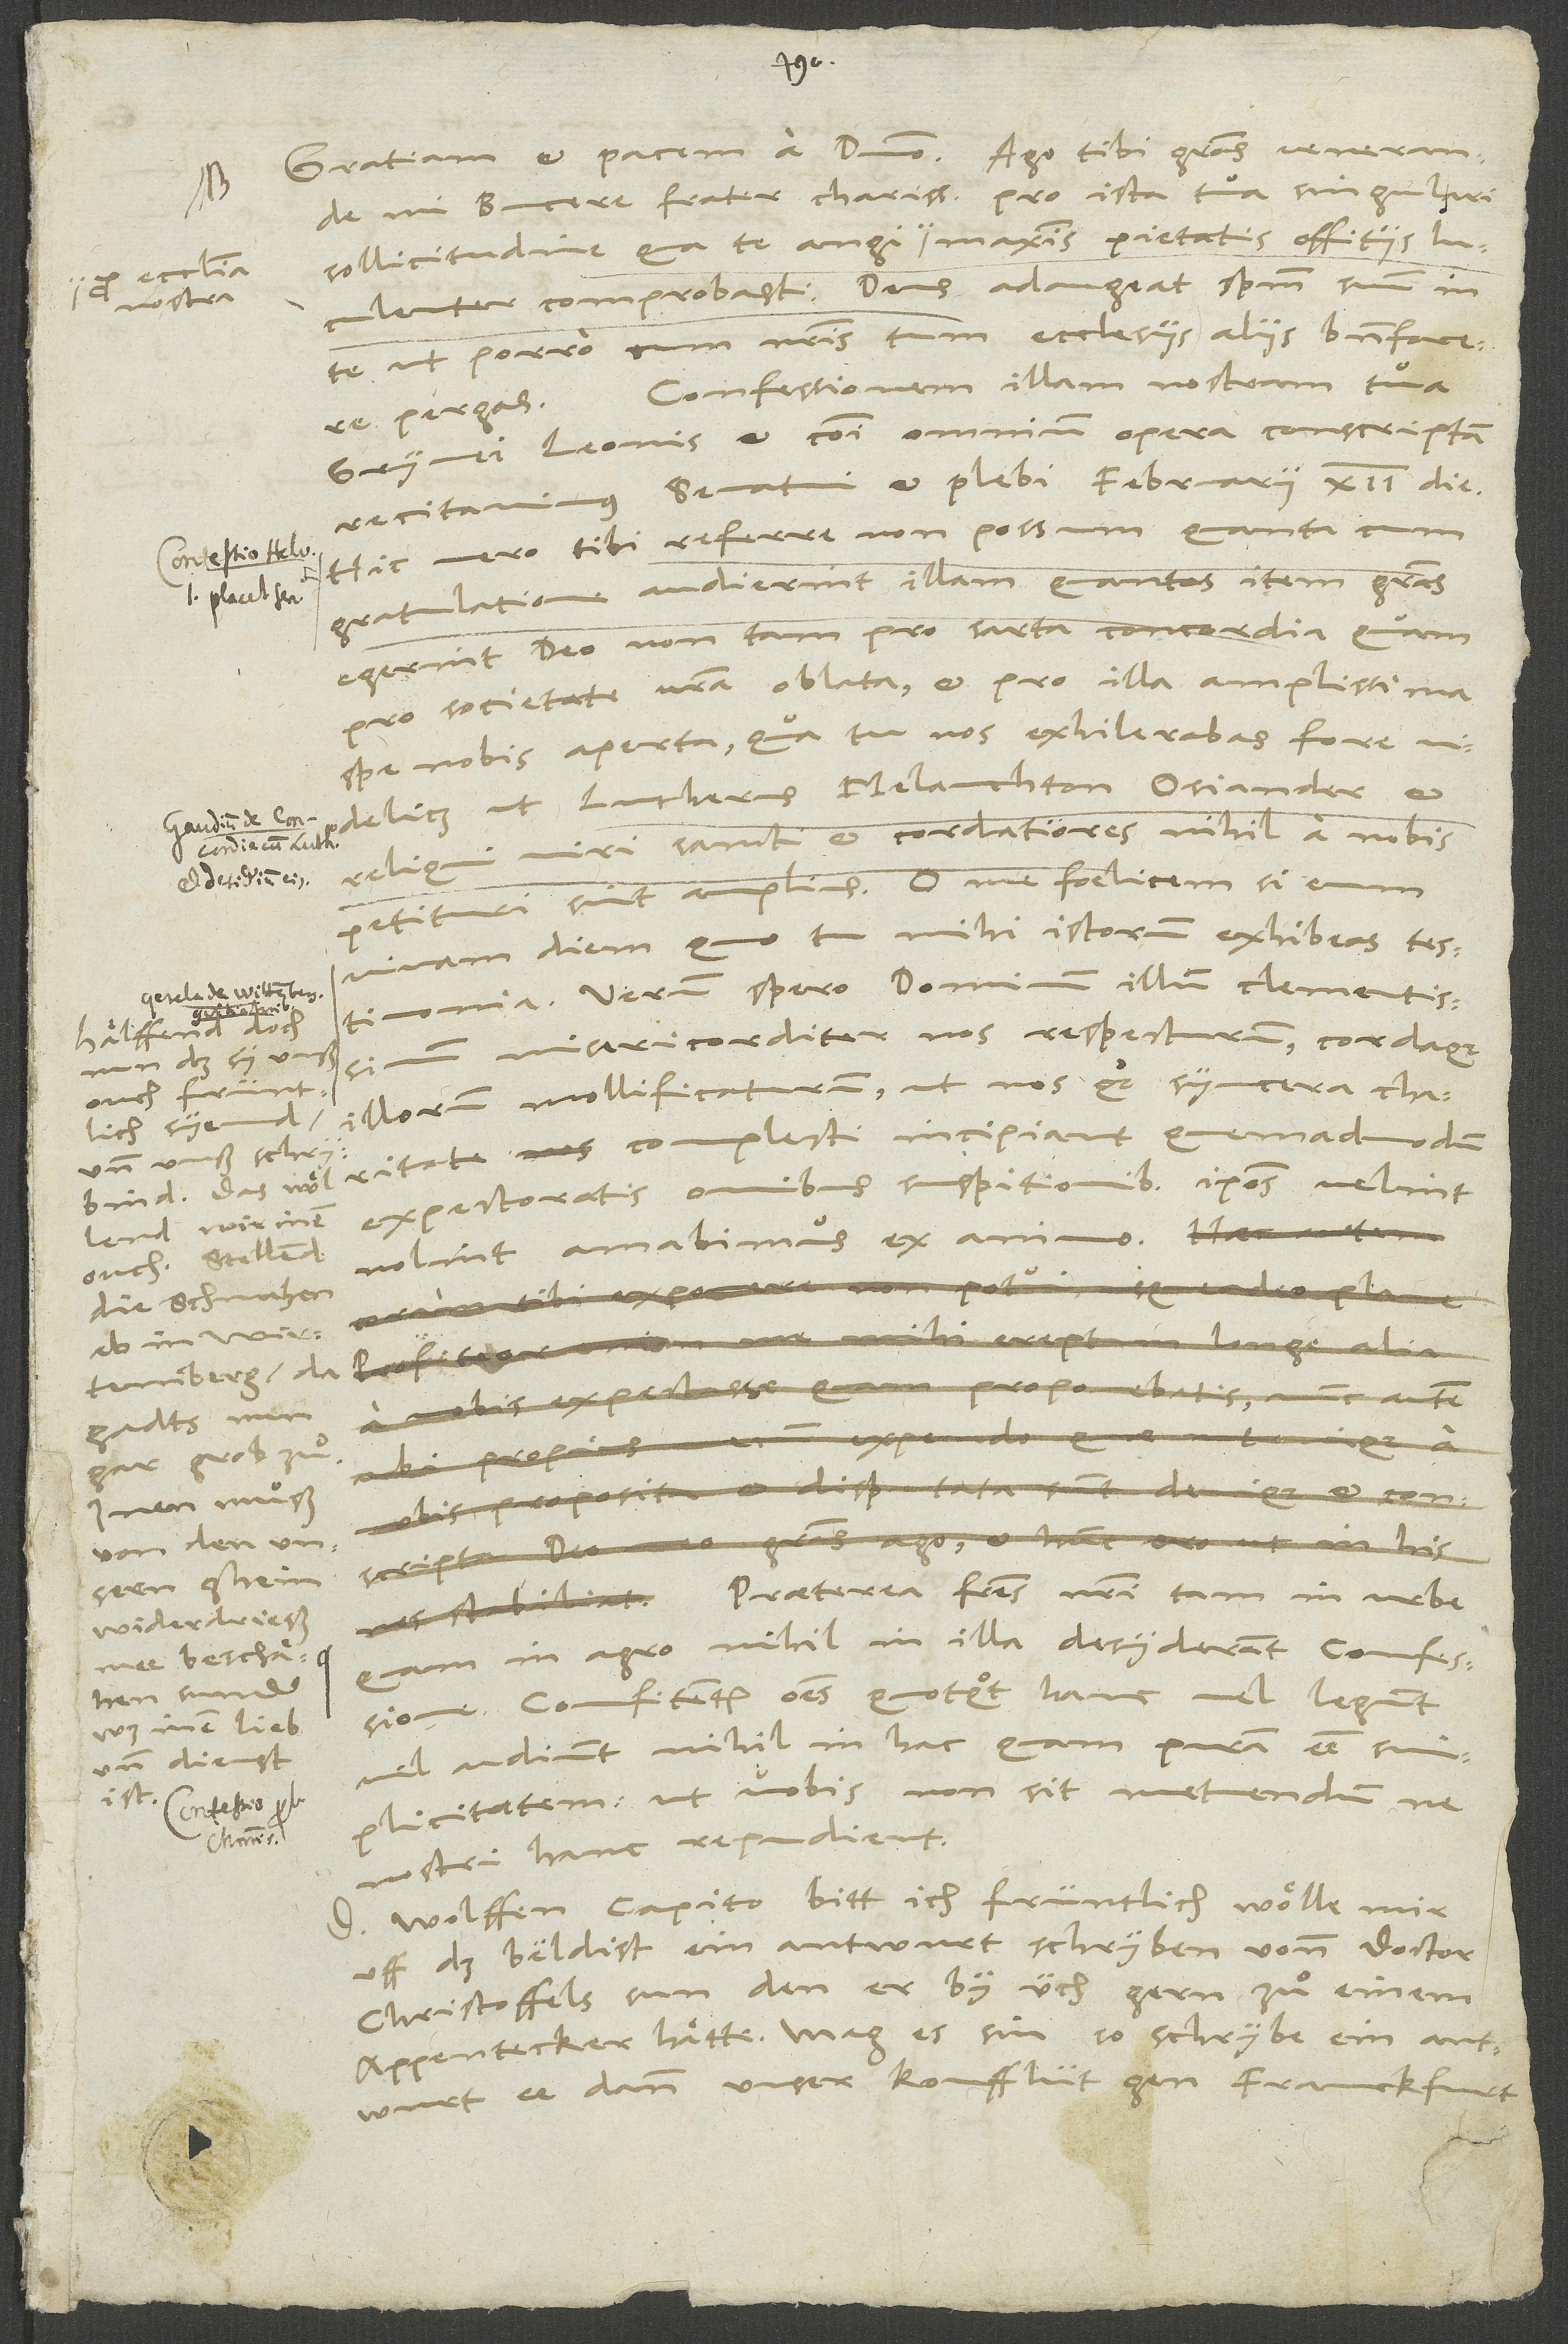
ecclesia
nostra
Hälffend doch
ouch früntlich
syennd
und unß schrybind.
ouch. Stellend
die schmähen
gadts nun
gar grob zu
Inen muͦß
von den unsern
ghein
widerdriess
was inen lieb
und dienst

mi Bucere, frater charissime, pro ista tua singulari
luculenter comprobasti. Deus adaugeat spiritum suum in
te, ut porro cum nostris tum ecclesiis aliis benefacere
Confessionem illam nostram tua,
pergas.
Grynei, Leonis et communi omnium opera conscriptam
recitavimus senatui et plebi februarii 12. die.
Hic vero tibi referre non possum, quanta cum
gratulatione audierint illam, quantas item gratias
egerint deo non tam pro sarta concordia, quam
pro societate vestra oblata et pro illa amplissima
spe nobis aperta, qua tu nos exhilerabas, fore
videlicet, ut Lutherus, Melanchton, Osiander et
reliqui viri sancti et cordatiores nihil a nobis
petituri sint amplius. O me foelicem, si eum
vivam diem, quo tu mihi istorum exhibeas testimonia!
Verum spero dominum illum clementissimum
misericorditer nos respecturum cordaque
illorum mollificaturum, ut nos quoque syncera charitate
complecti incipiant, quemadmodum
expectoratis omnibus suspitionibus ipsos velint
nolint amabimus ex animo.
Praeterea fratres nostri tam in urbe
quam in agro nihil in illa desyderant confessione.
Confitentur omnes, quotquot hanc vel legunt
vel audiunt, nihil in hac quam puram esse
simplicitatem, ut vobis non sit metuendum, ne
nostri hanc repudient.
D Wolffen Capito bitt ich früntlich, wölle mir
uff das beldist ein antwurt schryben vonn doctor
Christoffels sun, den er by üch gern zuͦ einem
appentecker hätte. Mag es sin, so schrybe ein antwurt,
ee dann unser koufflüt gen Franckfurt